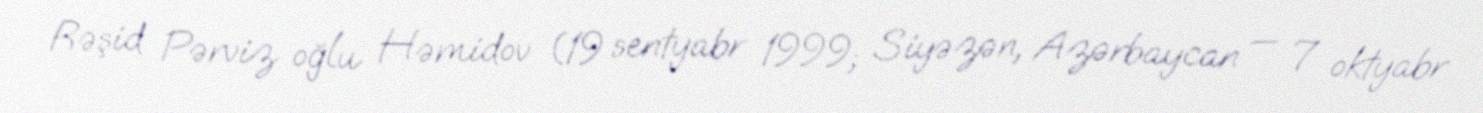
Rəşid Pərviz oğlu Həmidov (19 sentyabr 1999; Siyəzən, Azərbaycan — 7 oktyabr